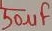
Text: 50µF